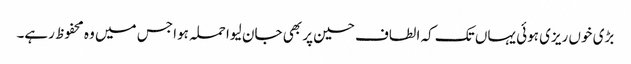
بڑی خوں ریزی ہوئی یہاں تک کہ الطاف حسین پر بھی جان لیوا حملہ ہوا جس میں وہ محفوظ رہے۔